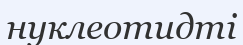
нуклеотидті